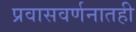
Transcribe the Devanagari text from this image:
प्रवासवर्णनातही